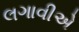
લગાવીએ